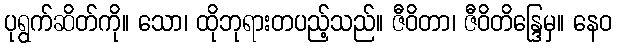
ပုရွက်ဆိတ်ကို။ သော၊ ထိုဘုရားတပည့်သည်။ ဇီဝိတာ၊ ဇီဝိတိန္ဒြေမှ။ နေဝ